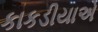
કાકડીયાએ